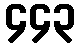
၄၄၃